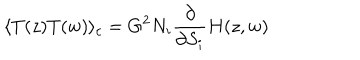
\langle T ( z ) T ( w ) \rangle _ { c } = G ^ { 2 } N _ { i } \frac { \partial } { \partial S _ { i } } H ( z , w )